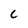
Character: C